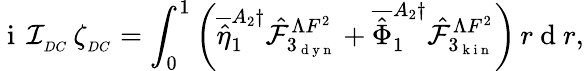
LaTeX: \mathrm{~i~}\, \mathcal{I}_{_{DC}}\, \zeta_{_{DC}}=\int_{0}^{1}\left(\overline{{\hat{\eta}}}_{1}^{A_{2}\dagger}\hat{\mathcal{F}}_{3_{\mathrm{~d~y~n~}}}^{\Lambda F^{2}}+\overline{{\hat{\Phi}}}_{1}^{A_{2}\dagger}\hat{\mathcal{F}}_{3_{\mathrm{~k~i~n~}}}^{\Lambda F^{2}}\right)\, r\mathrm{~d~}r,